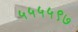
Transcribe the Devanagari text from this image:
५५५५९७